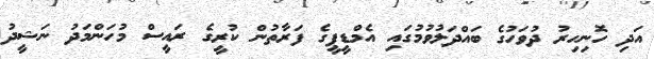
އަދި ހޮނިހިރު ދުވަހުގެ ބައްދަލުވުމުގައި އެމްޑީޕީގެ ފަރާތުން ކުރީގެ ރައީސް މުހަންމަދު ނަޝީދު